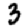
Digit: 3